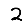
Digit: 2